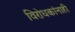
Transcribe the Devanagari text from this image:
विरोधकांनाही